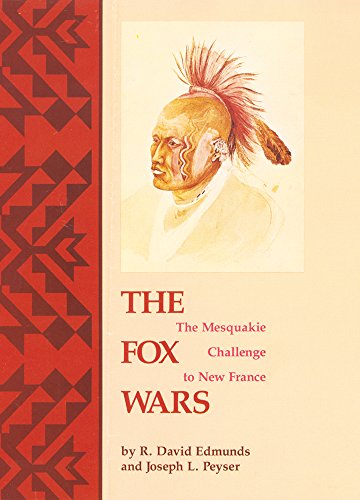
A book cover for The Fox Wars: The Mesquakie Challenge to New France (The Civilization of the American Indian Series); R. David Edmunds; History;